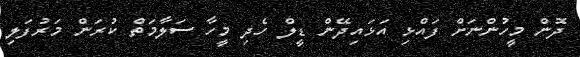
ދޮން މީހުންނަށް ފައްޅި އަޅައިދޭން ޑީލް ހެދި މީހާ ސަލާމަތް ކުރަން މަރުފަލި